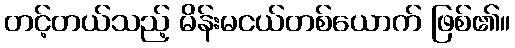
တင့်တယ်သည့် မိန်းမငယ်တစ်ယောက် ဖြစ်၏။